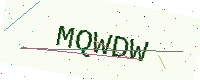
Text: MQWDW